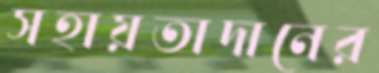
সহায়তাদানের